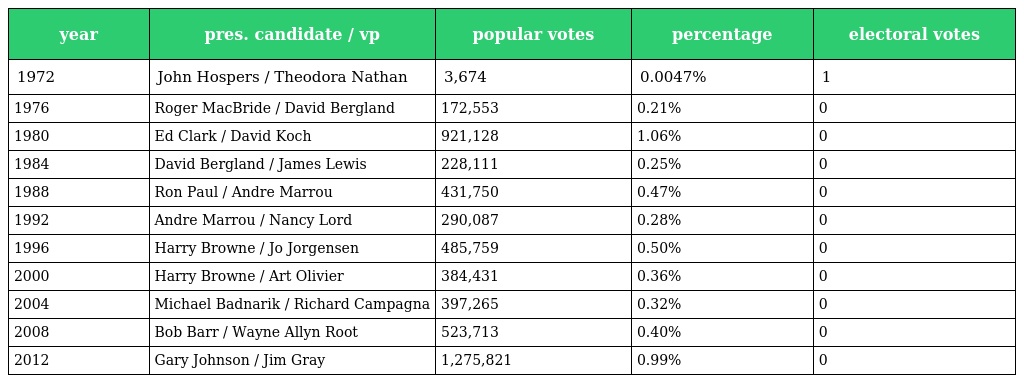
| year | pres. candidate / vp | popular votes | percentage | electoral votes |
 | --- | --- | --- | --- | --- |
 | 1972 | John Hospers / Theodora Nathan | 3,674 | 0.0047% | 1 |
 | 1976 | Roger MacBride / David Bergland | 172,553 | 0.21% | 0 |
 | 1980 | Ed Clark / David Koch | 921,128 | 1.06% | 0 |
 | 1984 | David Bergland / James Lewis | 228,111 | 0.25% | 0 |
 | 1988 | Ron Paul / Andre Marrou | 431,750 | 0.47% | 0 |
 | 1992 | Andre Marrou / Nancy Lord | 290,087 | 0.28% | 0 |
 | 1996 | Harry Browne / Jo Jorgensen | 485,759 | 0.50% | 0 |
 | 2000 | Harry Browne / Art Olivier | 384,431 | 0.36% | 0 |
 | 2004 | Michael Badnarik / Richard Campagna | 397,265 | 0.32% | 0 |
 | 2008 | Bob Barr / Wayne Allyn Root | 523,713 | 0.40% | 0 |
 | 2012 | Gary Johnson / Jim Gray | 1,275,821 | 0.99% | 0 |